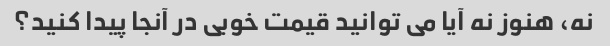
نه، هنوز نه آیا می توانید قیمت خوبی در آنجا پیدا کنید؟